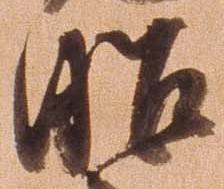
昭